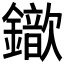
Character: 𨮈